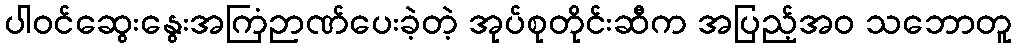
ပါဝင်ဆွေးနွေးအကြံဉာဏ်ပေးခဲ့တဲ့ အုပ်စုတိုင်းဆီက အပြည့်အဝ သဘောတူ